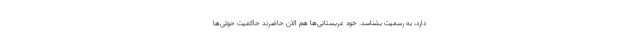
دارد، به رسمیت بشناسد. خود عربستانی‌ها هم الان حاضرند حاکمیت حوثی‌ها